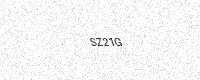
Text: SZ21G